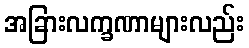
အခြားလက္ခဏာများလည်း